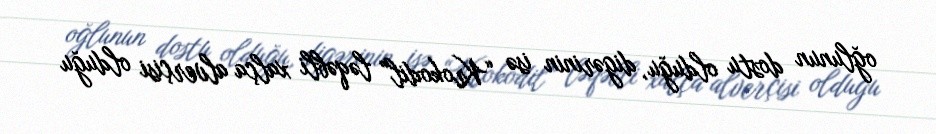
oğlunun dostu olduğu, digərinin isə “Krokodil” ləqəbli xalça alverçisi olduğu